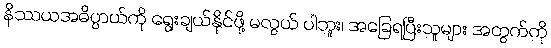
နိဿယအဓိပ္ပာယ်ကို ရွေးချယ်နိုင်ဖို့ မလွယ် ပါဘူး၊ အခြေရပြီးသူများ အတွက်ကို